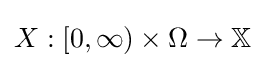
X:[0,\infty )\times \Omega \to \mathbb {X}